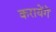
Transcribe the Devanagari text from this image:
करायेंगें